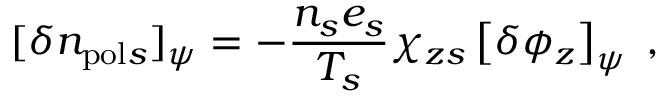
[ \delta n _ { \mathrm { p o l } s } ] _ { \psi } = - \frac { n _ { s } e _ { s } } { T _ { s } } \chi _ { z s } \left[ \delta \phi _ { z } \right] _ { \psi } \; ,